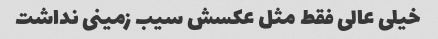
خیلی عالی فقط مثل عکسش سیب زمینی نداشت